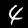
Digit: 4